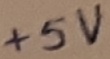
Text: +5V